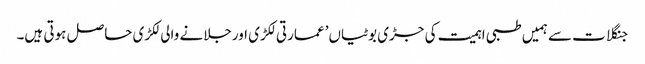
جنگلات سے ہمیں طبی اہمیت کی جڑی بوٹیاں’ عمارتی لکڑی اورجلانے والی لکڑی حاصل ہوتی ہیں۔